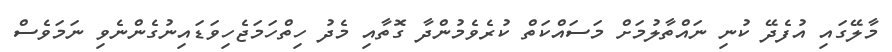
މާލޭގައި އުފެދޭ ކުނި ނައްތާލުމަށް މަސައްކަތް ކުރެވެމުންދާ ގޮތާއި މެދު ހިތްހަމަޖެހިވަޑައިނުގެންނެވި ނަމަވެސް